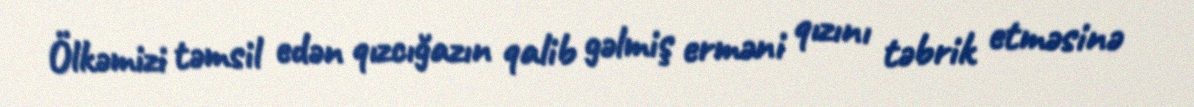
Ölkəmizi təmsil edən qızcığazın qalib gəlmiş erməni qızını təbrik etməsinə